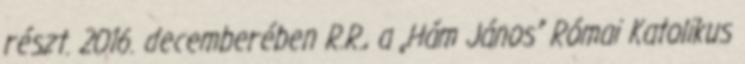
részt. 2016. decemberében R.R., a „Hám János” Római Katolikus